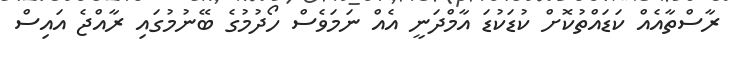
ރާސްތާއެއް ކަޑައްތުކޮށް ކުޑަކުޑަ އާމްދަނީ އެއް ނަމަވެސް ހޯދުމުގެ ބޭނުމުގައި ރާއްޖެ އައިސް